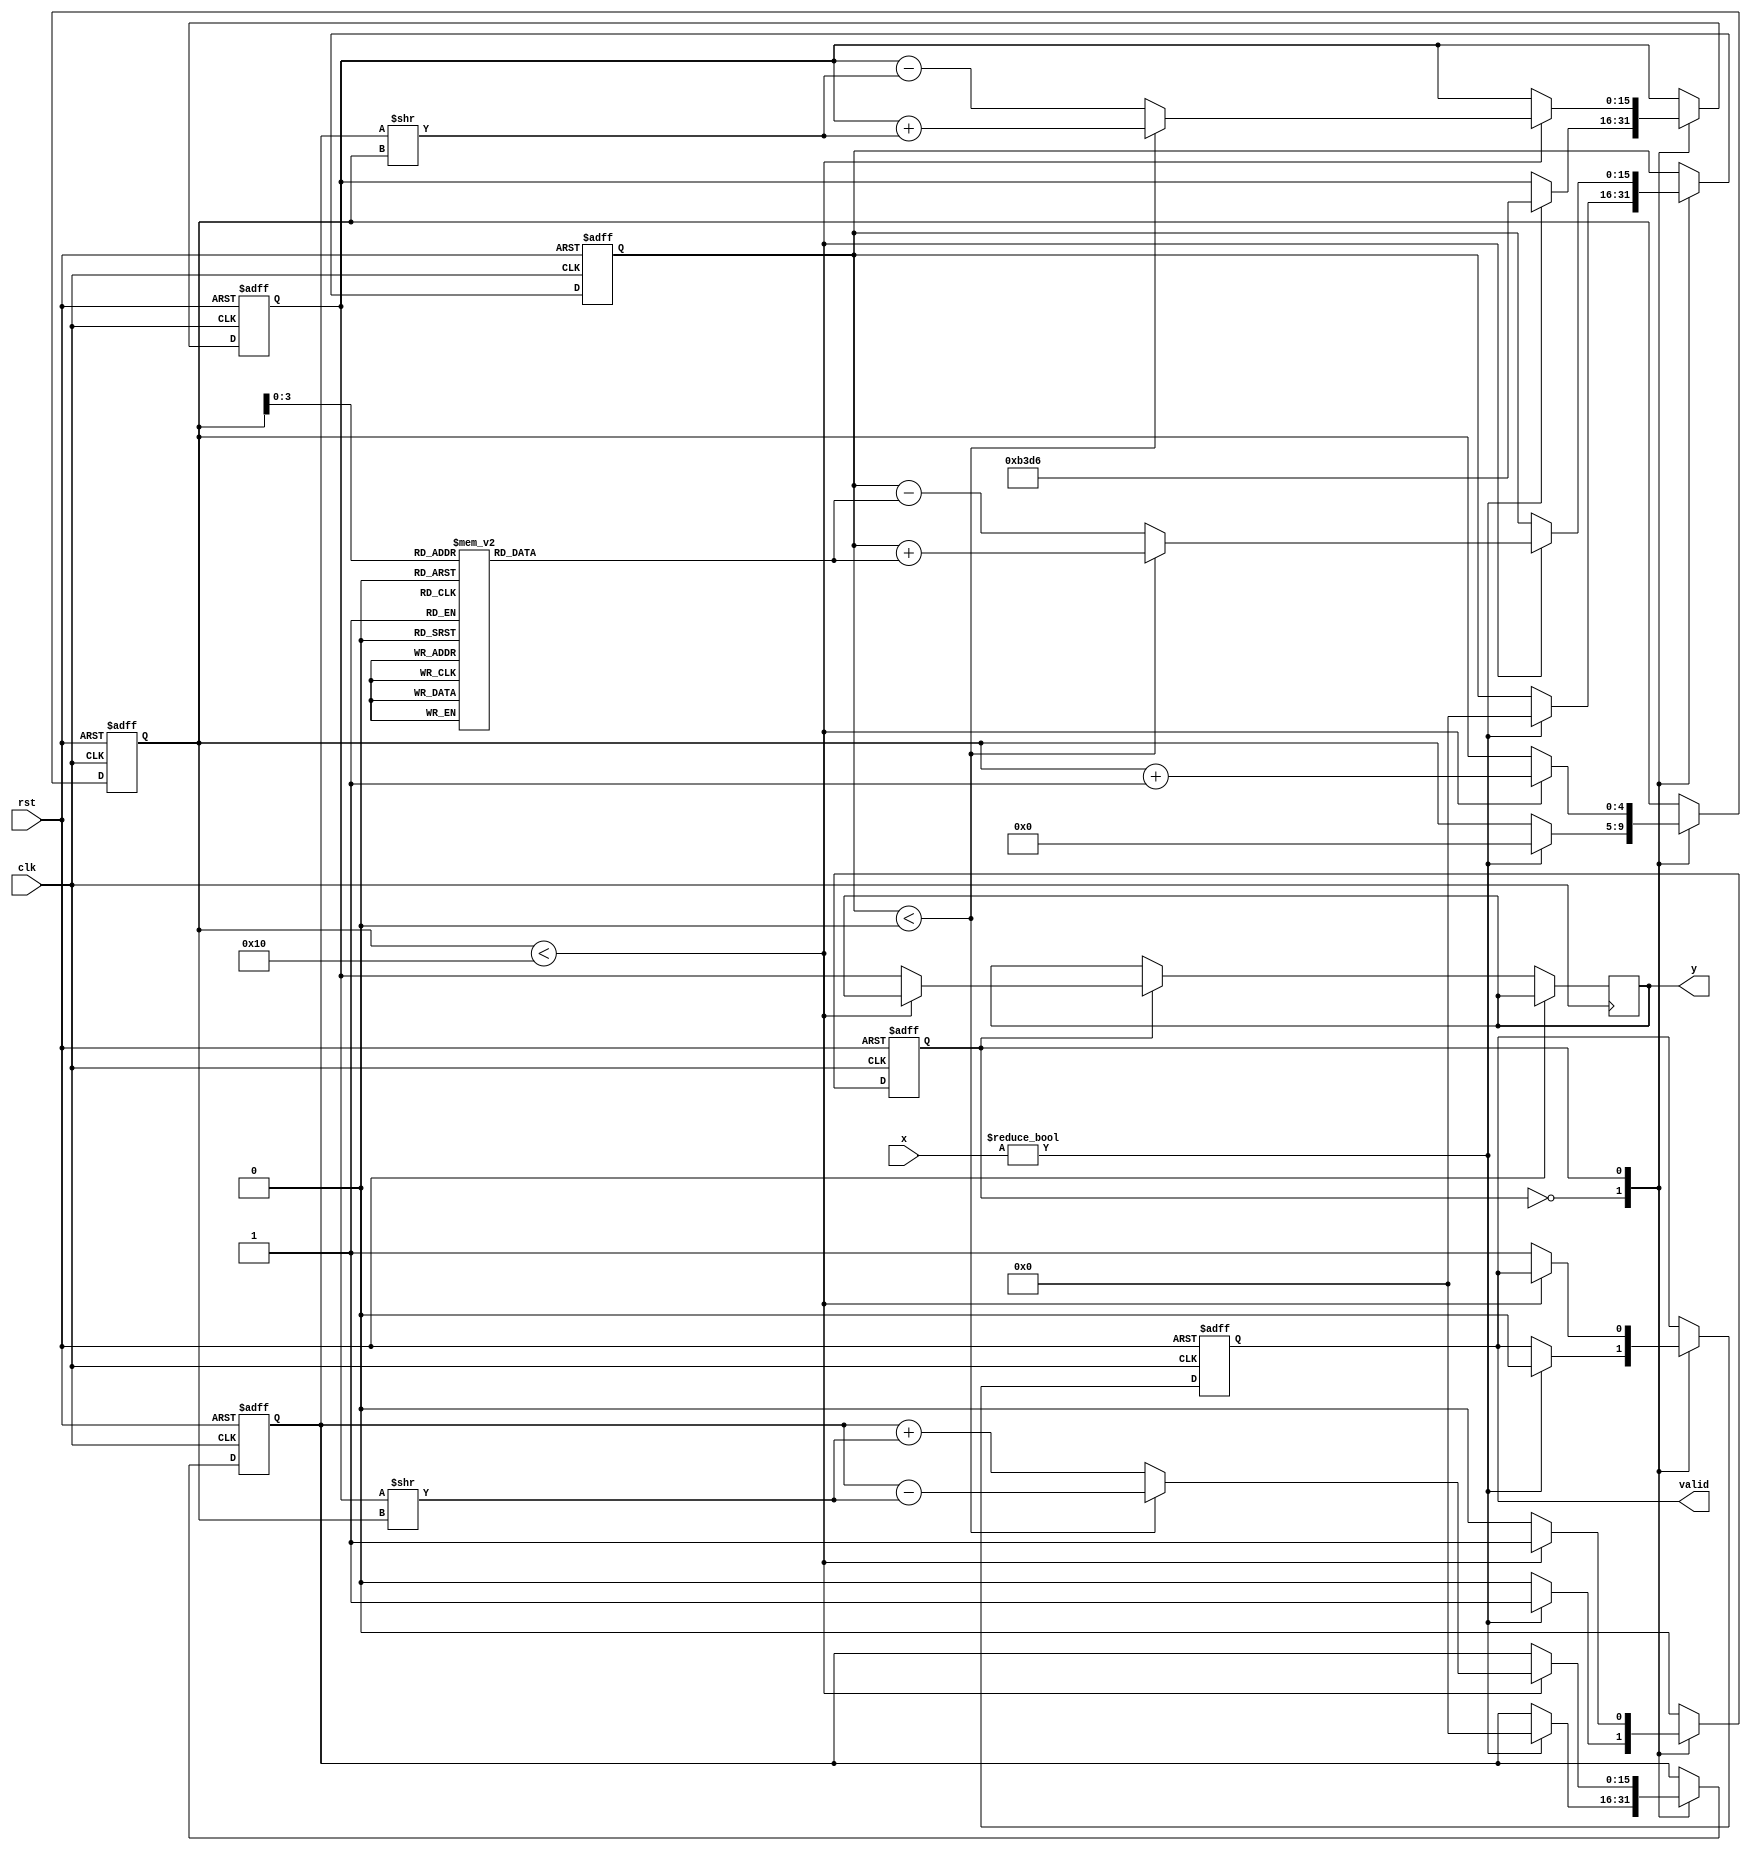
module cordic_reciprocal (
    input wire clk,
    input wire rst,
    input wire [15:0] x,  // Fixed-point input for which reciprocal is computed
    output reg [15:0] y,   // Fixed-point reciprocal output
    output reg valid       // Output valid signal
);

parameter [15:0] K = 16'hB3D6; // CORDIC gain (K = 1/sqrt(1 + 2^(-2n))) for n iterations
parameter NUM_ITERATIONS = 16; // Number of CORDIC iterations

reg [15:0] angle_table [0:NUM_ITERATIONS-1]; // Angle lookup table
reg [15:0] z;    // Accumulated angle
reg [15:0] x_corr; // Current x value
reg [15:0] y_corr; // Current y value
reg [4:0] iter; // Iteration counter
reg state; // State register for FSM

// Initialize angle lookup table
initial begin
    // Pre-computed angles (in fixed-point format)
    angle_table[0] = 16'h2000; // atan(2^-0)
    angle_table[1] = 16'h1666; // atan(2^-1)
    angle_table[2] = 16'h0D89; // atan(2^-2)
    angle_table[3] = 16'h0A3D; // atan(2^-3)
    angle_table[4] = 16'h0524; // atan(2^-4)
    angle_table[5] = 16'h028B; // atan(2^-5)
    angle_table[6] = 16'h0143; // atan(2^-6)
    angle_table[7] = 16'h00A2; // atan(2^-7)
    angle_table[8] = 16'h0051; // atan(2^-8)
    angle_table[9] = 16'h0028; // atan(2^-9)
    angle_table[10] = 16'h0014; // atan(2^-10)
    angle_table[11] = 16'h000A; // atan(2^-11)
    angle_table[12] = 16'h0005; // atan(2^-12)
    angle_table[13] = 16'h0002; // atan(2^-13)
    angle_table[14] = 16'h0001; // atan(2^-14)
    angle_table[15] = 16'h0000; // atan(2^-15)
end

// FSM states
localparam IDLE = 1'b0;
localparam COMPUTE = 1'b1;

always @(posedge clk or posedge rst) begin
    if (rst) begin
        // Reset state
        state <= IDLE;
        valid <= 1'b0;
        iter <= 0;
        x_corr <= 0;
        y_corr <= 0;
        z <= 0;
    end else begin
        case (state)
            IDLE: begin
                if (x != 0) begin
                    // Load initial values
                    x_corr <= K; // Initial x
                    y_corr <= 0; // Initial y
                    z <= 0; // Initial angle
                    iter <= 0; // Reset iteration counter
                    state <= COMPUTE; // Move to compute state
                    valid <= 1'b0; // Output not valid yet
                end
            end

            COMPUTE: begin
                if (iter < NUM_ITERATIONS) begin
                    // Perform CORDIC rotation
                    if (z < 0) begin
                        // Rotate clockwise
                        x_corr <= x_corr + (y_corr >> iter);
                        y_corr <= y_corr - (x_corr >> iter);
                        z <= z + angle_table[iter];
                    end else begin
                        // Rotate counter-clockwise
                        x_corr <= x_corr - (y_corr >> iter);
                        y_corr <= y_corr + (x_corr >> iter);
                        z <= z - angle_table[iter];
                    end
                    iter <= iter + 1; // Increment iteration counter
                end else begin
                    // Output the final result
                    y <= x_corr; // Store final reciprocal result
                    valid <= 1'b1; // Indicate output is valid
                    state <= IDLE; // Go back to idle state
                end
            end
        endcase
    end
end

endmodule